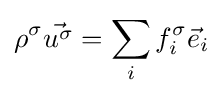
\rho ^{\sigma }{\vec {u^{\sigma }}}=\sum _{i}f_{i}^{\sigma }{\vec {e}}_{i}